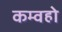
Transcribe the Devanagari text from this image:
कम्वहो